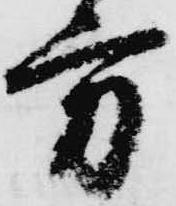
方